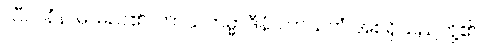
သီလနံနာမ၊ မည်၏။ ကာယကမ္မာဒီနံ၊ ကာယကံ အစရှိသည်တို့၏